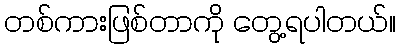
တစ်ကားဖြစ်တာကို တွေ့ရပါတယ်။